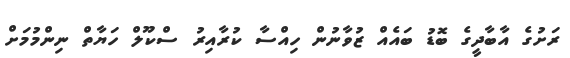
ރަށުގެ އާބާދީގެ ބޮޑު ބައެއް ޒުވާނުން ހިއްސާ ކުރާއިރު ސްކޫލް ހަޔާތް ނިންމުމަށް